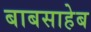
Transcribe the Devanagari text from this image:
बाबसाहेब